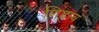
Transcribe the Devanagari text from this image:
शिहाब